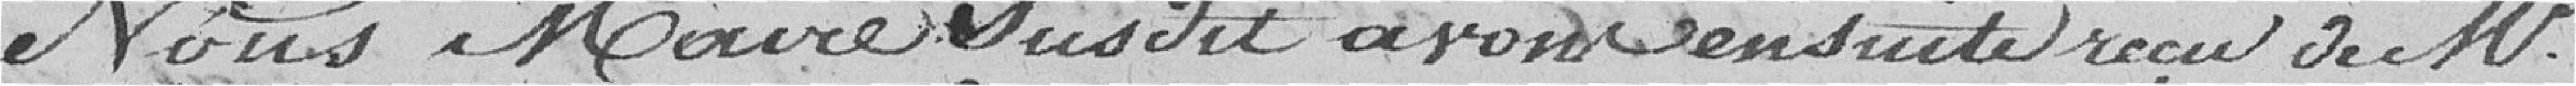
Nous Maire susdit avons ensuite reçu de M.